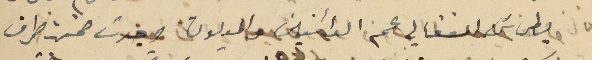
بطرسَ الفغالي عم الدائنين والديون وجدت ضمن ظرف